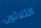
الثلاثون